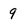
Character: 9